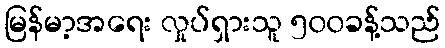
မြန်မာ့အရေး လှုပ်ရှားသူ ၅၀၀ခန့်သည်